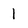
Character: 1